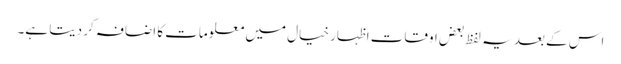
اس کے بعد یہ لفظ بعض اوقات اظہار خیال میں معلومات کا اضافہ کر دیتا ہے۔